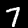
Digit: 7